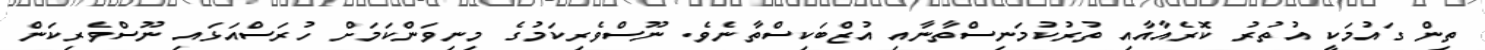
ތިން ގައުމަކީ އުތުރު ކޮރެއާއާއި ތުރުކުމަނިސްތާނާއި އުޒްބަކިސްތާނެވެ. ނޫސްވެރިކަމުގެ މިނިވަންކަމަށް ހުރަސްއަޅައި ނޫސްވެރިކަން